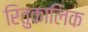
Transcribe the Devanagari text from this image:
रितुकालिक